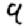
Digit: 9